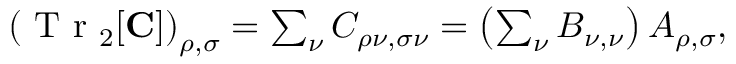
\begin{array} { r } { \left( \ensuremath { \mathrm { ~ T ~ r ~ } } _ { 2 } [ \ensuremath { \mathbf { C } } ] \right) _ { \rho , \sigma } = \sum _ { \nu } C _ { \rho \nu , \sigma \nu } = \left( \sum _ { \nu } B _ { \nu , \nu } \right) A _ { \rho , \sigma } , } \end{array}